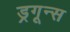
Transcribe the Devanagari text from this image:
ड्रगून्स